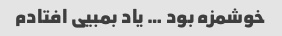
خوشمزه بود … یاد بمبیی افتادم